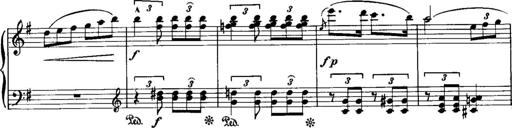
Title: Piano Sonatina No.1, Op.146
Composer: Stephen Heller